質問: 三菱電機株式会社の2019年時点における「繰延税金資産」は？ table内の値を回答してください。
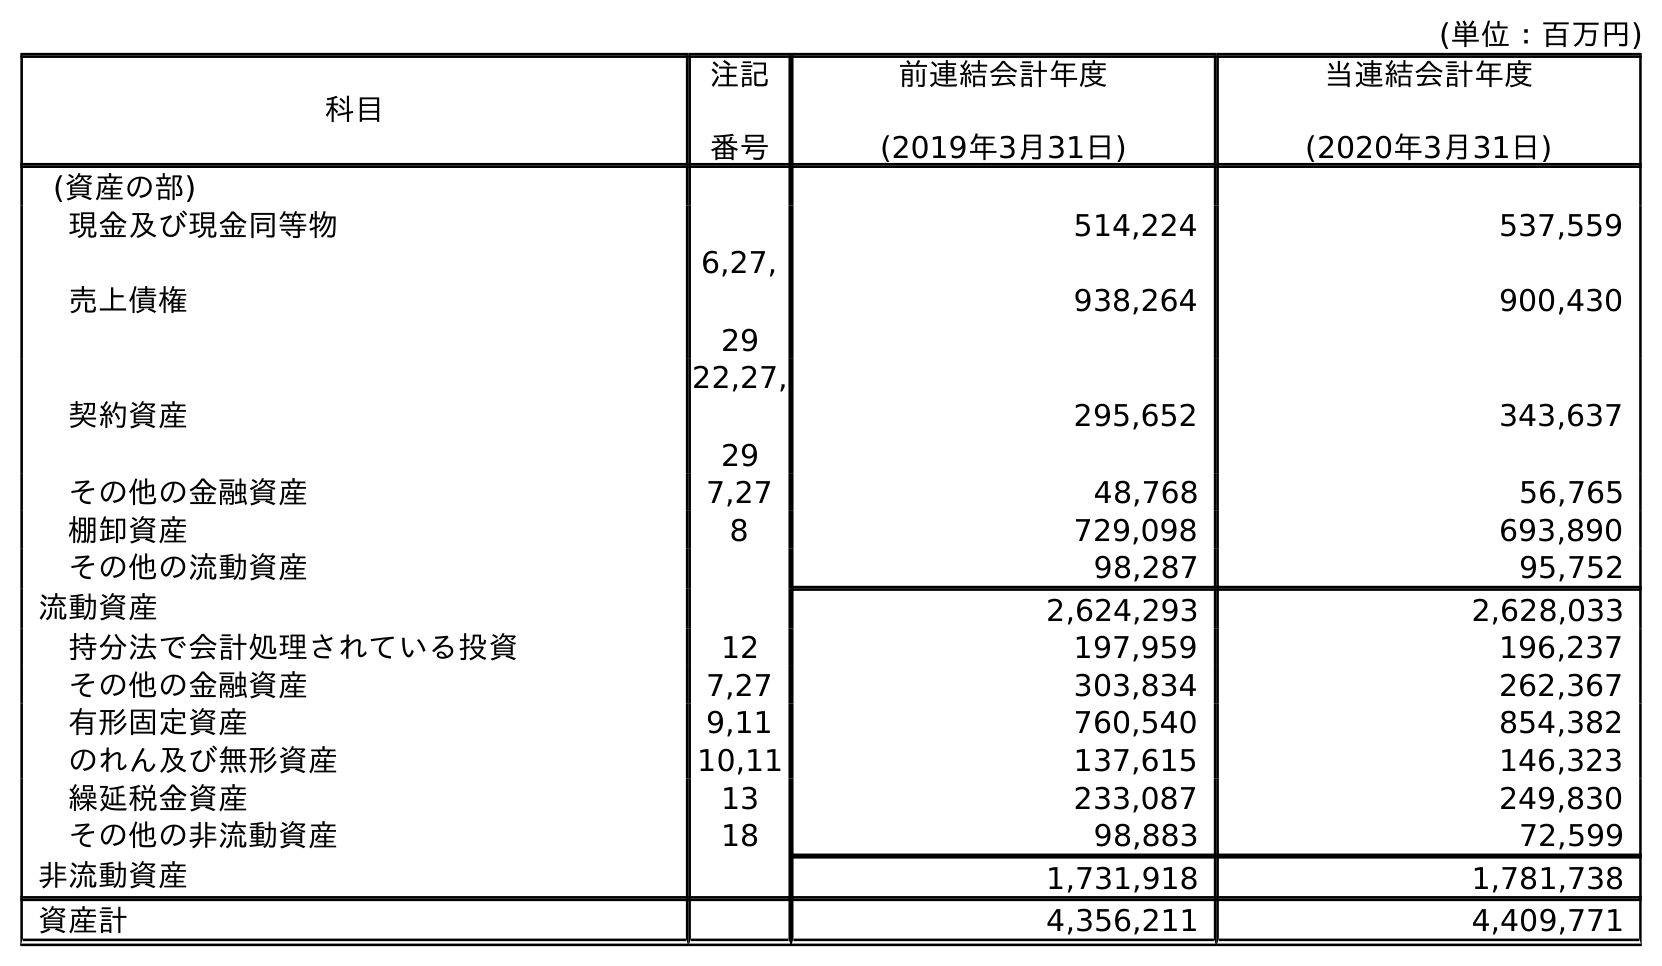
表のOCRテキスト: (単位：百万円) 科目 注記 番号 前連結会計年度 (2019年3月31日) 当連結会計年度 (2020年3月31日) (資産の部) 現金及び現金同等物 514,224 537,559 売上債権 6,27, 29 938,264 900,430 契約資産 22,27, 29 295,652 343,637 その他の金融資産 7,27 48,768 56,765 棚卸資産 8 729,098 693,890 その他の流動資産 98,287 95,752 流動資産 2,624,293 2,628,033 持分法で会計処理されている投資 12 197,959 196,237 その他の金融資産 7,27 303,834 262,367 有形固定資産 9,11 760,540 854,382 のれん及び無形資産 10,11 137,615 146,323 繰延税金資産 13 233,087 249,830 その他の非流動資産 18 98,883 72,599 非流動資産 1,731,918 1,781,738 資産計 4,356,211 4,409,771
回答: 233,087